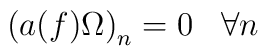
\left( a(f)\Omega \right) _{n}=0\;\;\;\forall n